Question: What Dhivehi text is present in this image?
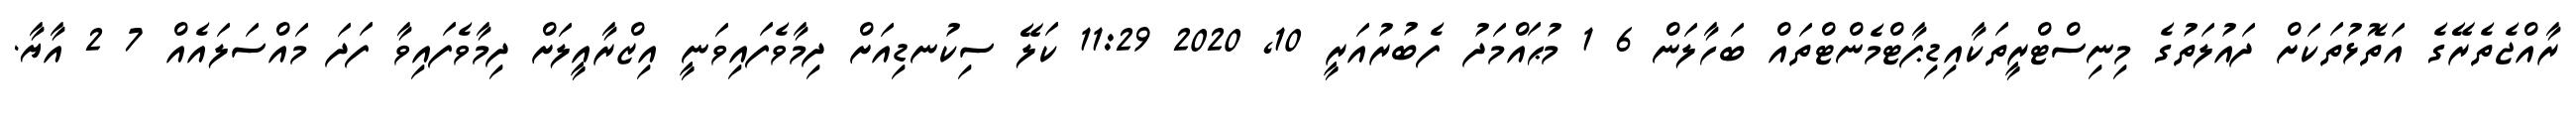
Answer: ރާއްޖެތެރޭގެ އަތޮޅުތަކަށް ދައުލަތުގެ މިނިސްޓްރީތަކާއިޑިޕާޓްމެންޓްތައް ބަހާލަން 6 1 މުޙައްމަދު ފެބުރުއަރީ 10, 2020 11:29 ކަލޭ ސިކުނޑިއަށް ދިމާވެފައިވަނީ އިޒްރާއީލަށް ދިމާވެފައިވާ ފަދަ މައްސަލައެއް 7 2 އާޔާ.